Annual report of the Punjab Veterinary College and of the Civil Veterinary Department, Punjab - 1909-1919
Year: 1909
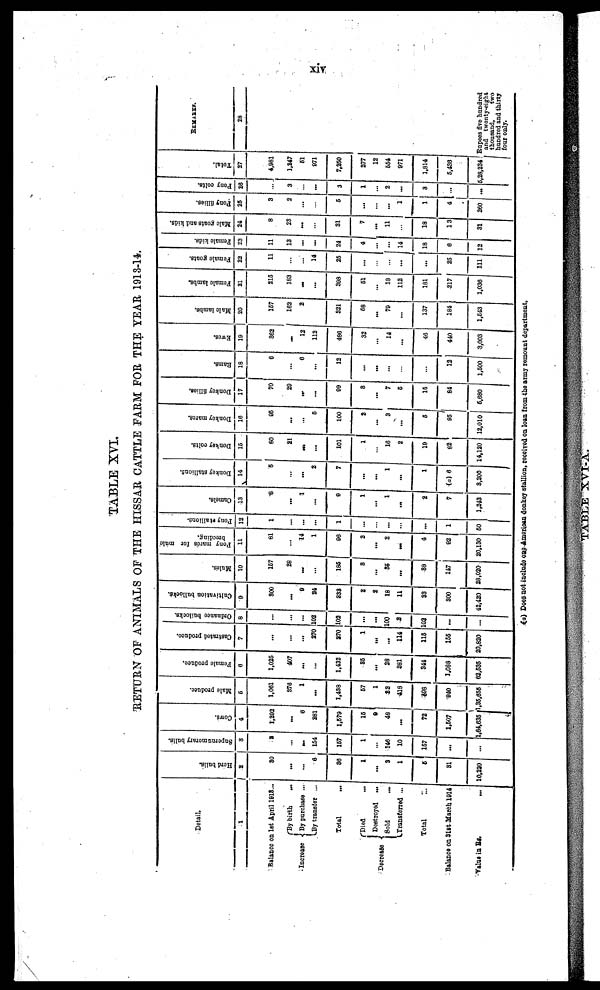
xiv
TABLE XVI.
RETURN OF ANIMALS OF THE HISSAR CATTLE FARM FOR THE YEAR 1913-14.
Detail.
1
Balance on 1st April 1913...
Increase
By birth
...
By purchase ...
By
transfer ...
Total
...
Decrease
Died ...
Destroyed
...
Sold ...
Transferred ...
Total ...
Balance on 31st March 1914
Value in Rs. ...
Herd bulls.
2
30
...
...
6
86
1
...
9
1
5
31
10,220
Supernumerary bulls.
3
8
...
...
154
157
1
...
146
10
157
...
...
Cows.
4
1.202
...
8
281
1,679
15
9
48
...
72
1,507
1,64,635
Male produce.
5
1,061
376
1
...
1,438
57
1
32
418
498
940
1,35,655
Female produce.
6
1,025
407
...
...
1,432
85
...
28
281
344
1,088
62,535
Castrated produce.
7
...
...
...
270
270
1
...
...
114
115
155
20,820
Ordnance builocks.
8
...
...
...
102
102
...
...
100
2
102
...
...
Cultivation bullocks.
9
300
...
9
24
333
2
2
18
11
33
800
42,420
Mules.
10
157
28
...
...
185
8
...
35
...
88
147
28,020
Pony mares for mule
breeding.
11
81
...
14
1
96
2
...
2
...
4
02
20,130
Pony stallions.
12
1
...
...
...
1
...
...
...
...
...
1
50
Camels.
13
8
...
...
...
9
1
...
1
...
2
7
1,243
Donkey stallions.
14
5
...
...
2
7
...
...
1
...
1
(a) 6
3,200
Donkey colts.
15
60
21
...
...
101
1
...
16
2
19
82
14,120
Donkey mares.
16
95
...
...
5
100
2
...
3
...
5
95
12,010
Donkey fillies.
17
70
29
...
...
99
8
...
7
5
15
84
5,680
Rams.
18
6
...
6
...
12
...
...
...
...
...
12
1,500
Ewes.
19
862
...
12
112
486
32
...
14
...
46
440
3,003
Male lambs.
20
157
162
2
...
321
68
...
79
...
137
184
1,543
Female lambs.
21
215
183
...
...
398
51
...
18
112
181
217
1,036
Female goats.
22
11
...
...
14
25
...
...
...
...
...
25
111
Female kids.
23
11
13
...
...
24
4
...
...
14
18
6
12
Male goats and kids.
24
8
23
...
...
31
7
...
11
...
18
13
31
Pony fillies.
25
3
2
...
...
5
...
...
...
1
1
4
260
Pony colts.
26
...
3
...
...
3
1
...
2
...
3
...
...
Total.
27
4,981
1,247
51
971
7,250
277
12
554
971
1,814
5,436
5,28,234
REMARKS.
28
Rupees five hundred
and
twenty-eight
thousand,
two
hundred and thirty
four only.
(a) Does not include one American donkey stallion, received on loan from the army remount department.